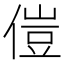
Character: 𫣅